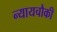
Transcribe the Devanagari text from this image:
न्यायचौकी